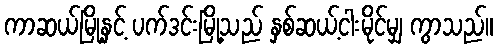
ကာဆယ်မြို့နှင့် ပက်ဒင်းမြို့သည် နှစ်ဆယ့်ငါးမိုင်မျှ ကွာသည်။